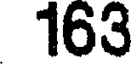
163